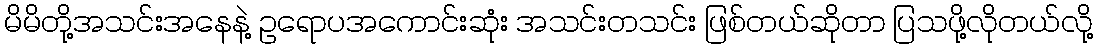
မိမိတို့အသင်းအနေနဲ့ ဥရောပအကောင်းဆုံး အသင်းတသင်း ဖြစ်တယ်ဆိုတာ ပြသဖို့လိုတယ်လို့